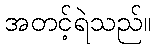
အတင့်ရဲသည်။